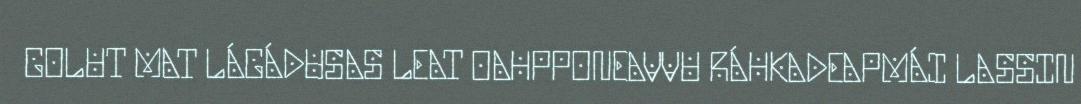
GOLUT MAT LÁGÁDUSAS LEAT OAHPPONEAVVU RÁHKADEAPMÁI LASSIN